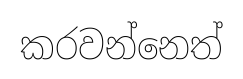
කරවන්නෙත්